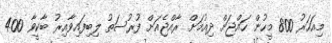
މިއަހަރު 800 މީހުން ހައްޖަށް ދިއުމަށް ރާއްޖެއަށް ފުރުސަތު ލިބިފައިވާއިރު ބާކީވާ 400